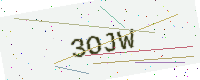
Text: 3OJW